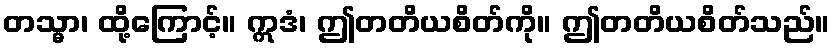
တသ္မာ၊ ထို့ကြောင့်။ ဣဒံ၊ ဤတတိယစိတ်ကို။ ဤတတိယစိတ်သည်။